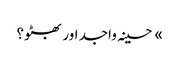
» حسینہ واجد اور بھٹو؟